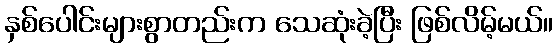
နှစ်ပေါင်းများစွာတည်းက သေဆုံးခဲ့ပြီး ဖြစ်လိမ့်မယ်။